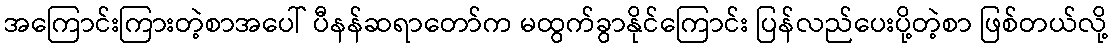
အကြောင်းကြားတဲ့စာအပေါ် ပီနန်ဆရာတော်က မထွက်ခွာနိုင်ကြောင်း ပြန်လည်ပေးပို့တဲ့စာ ဖြစ်တယ်လို့